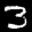
Label: 3